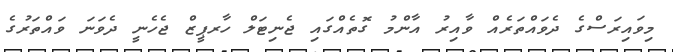
މިވައިރަސްގެ ދެވައްތަރެއް ވާއިރު އާންމު ގޮތެއްގައި ޖެނިޓަލް ހާރޕީޒް ޖެހެނީ ދެވަނަ ވައްތަރުގެ